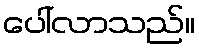
ပေါ်လာသည်။